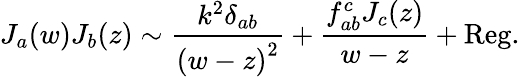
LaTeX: J_{a}(w)J_{b}(z)\sim\frac{k^{2}\delta_{ab}}{{(w-z)}^{2}}+\frac{f_{ab}^{c}J_{c}(z)}{w-z}+\mathrm{Reg.}